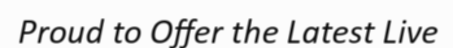
Proud to Offer the Latest Live